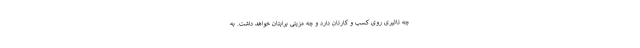
چه تاثیری روی کسب و کارتان دارد و چه مزیتی برایتان خواهد داشت. به